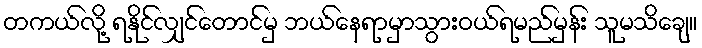
တကယ်လို့ ရနိုင်လျှင်တောင်မှ ဘယ်နေရာမှာသွားဝယ်ရမည်မှန်း သူမသိချေ။